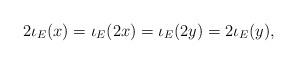
LaTeX: \begin{align*} 2\iota_E(x) = \iota_E(2x) = \iota_E(2y) = 2\iota_E(y),\end{align*}